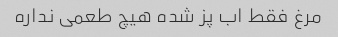
مرغ فقط اب پز شده هیچ طعمی نداره